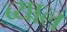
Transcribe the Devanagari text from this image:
ब्‍याल